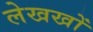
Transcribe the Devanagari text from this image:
लेखखों